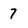
Character: 7